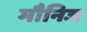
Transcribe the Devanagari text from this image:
मौनिज